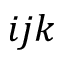
i j k